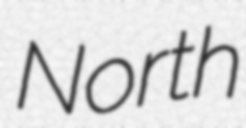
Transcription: North